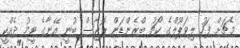
މެޗަށް ފަހު ލިވަޕޫލްގެ ކޯޗު ބްރެންޑަން ރޮޖާސް ބުނީ އޭނާގެ ޓީމު ދެއްކީ